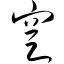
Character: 窆